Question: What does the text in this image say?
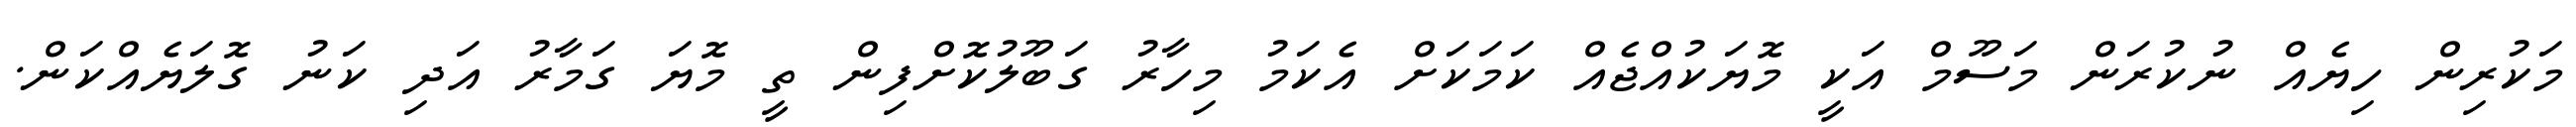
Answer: މަކުރިން ހިޔެއް ނުކުރަން މަސޫމް އަކީ މޮޔަކުއްޖެއް ކަމަކަށް އެކަމު މިހާރު ގަބޫލުކޮށްފިން ތީ މޮޔަ ގަމާރު އަދި ކަނު ގޮލަޔެއްކަން.